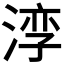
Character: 𪶧